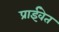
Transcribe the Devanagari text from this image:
प्राईवेत